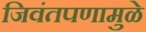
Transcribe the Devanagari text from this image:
जिवंतपणामुळे